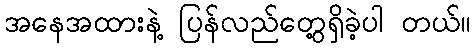
အနေအထားနဲ့ ပြန်လည်တွေ့ရှိခဲ့ပါ တယ်။